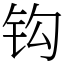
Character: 钩